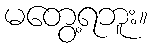
မတွေ့ရဘူး။